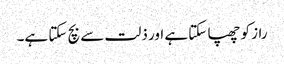
راز کو چھپا سکتا ہے اور ذلت سے بچ سکتا ہے۔